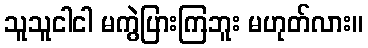
သူသူငါငါ မကွဲပြားကြဘူး မဟုတ်လား။